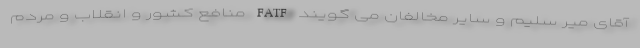
آقای میر سلیم و سایر مخالفان می گویند FATF منافع کشور و انقلاب و مردم